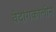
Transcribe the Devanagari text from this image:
वेदांगकालीन